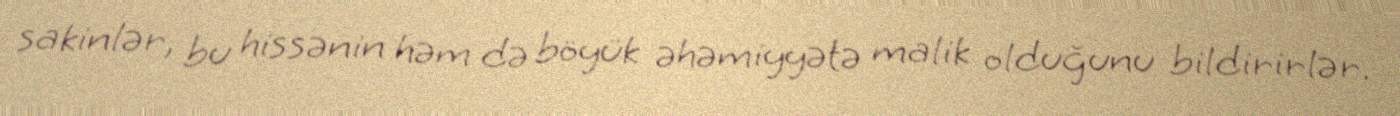
sakinlər, bu hissənin həm də böyük əhəmiyyətə malik olduğunu bildirirlər.